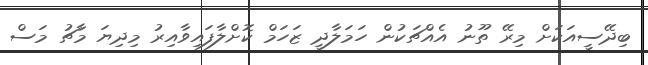
ބިދޭސީއަކަށް މިރޭ ތޫނު އެއްޗަކުން ހަމަލާދީ ޒަހަމް ކޮށްލާފައިވާއިރު މިދިޔަ މާޗު މަސް